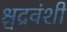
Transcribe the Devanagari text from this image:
श्चद्रवंशी